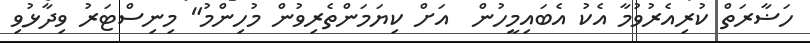
ހަޟާރަތް ކުރިއެރުވުމާ އެކު އެބައިމީހުން  އަށް ކިޔަމަންތެރިވުން މުހިންމު" މިނިސްޓަރު ވިދާޅުވި